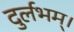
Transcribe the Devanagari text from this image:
दुर्लभम्।